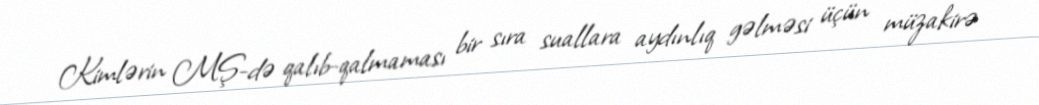
Kimlərin MŞ-də qalıb-qalmaması bir sıra suallara aydınlıq gəlməsi üçün müzakirə